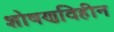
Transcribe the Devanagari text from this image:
शोषणविहीन